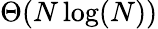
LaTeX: \Theta(N\log(N))